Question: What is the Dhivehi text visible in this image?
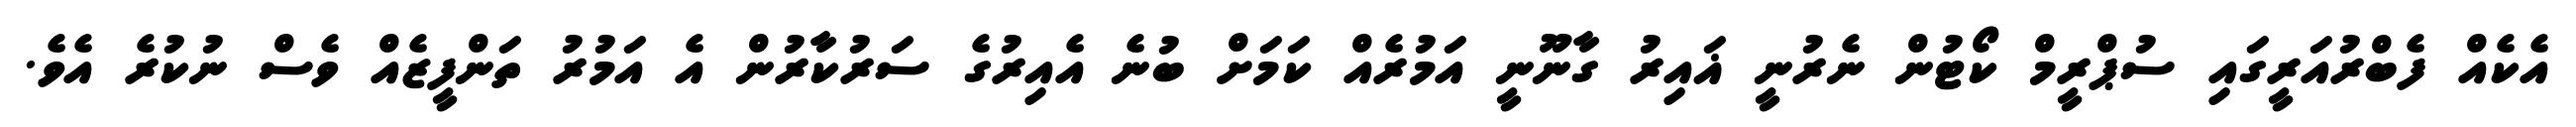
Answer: އެކެއް ފެބްރުއަރީގައި ސުޕްރީމް ކޯޓުން ނެރުނީ ޣައިރު ގާނޫނީ އަމުރެއް ކަމަށް ބުނެ އެއިރުގެ ސަރުކާރުން އެ އަމުރު ތަންފީޒެއް ވެސް ނުކުރެ އެވެ.